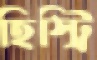
হিস্ট্রি